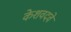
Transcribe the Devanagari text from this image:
केशवदवे